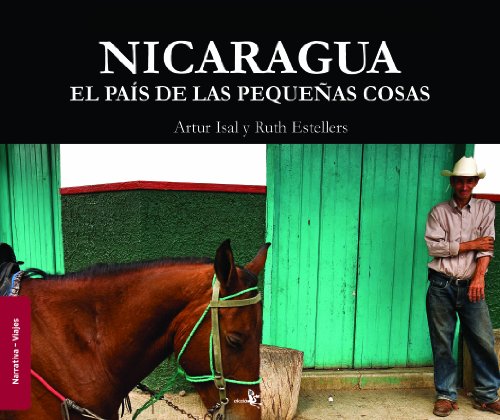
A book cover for Nicaragua. el pais de la pequenas cosas (Viajes) (Spanish Edition); Artur Isal; Travel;